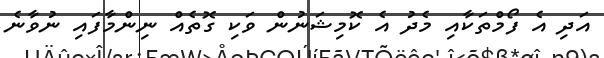
އަދި އެ ފޯމްތަކާއި މެދު އެ ކޮމިޝަނުން ވަކި ގޮތެއް ނިންމާފައި ނުވާނެ